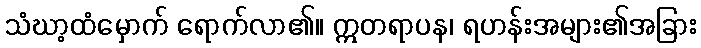
သံဃာ့ထံမှောက် ရောက်လာ၏။ ဣတရာပန၊ ရဟန်းအများ၏အခြား